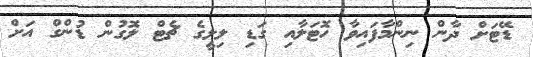
ޑޭޓަށް ދާން ނިންމާފައިވާ ހޮޓަލާއި ގަޑި ލިލީގެ ޗެޓް ލޮގުން ޑުންގް އަށް